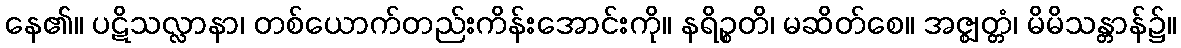
နေ၏။ ပဋိသလ္လာနာ၊ တစ်ယောက်တည်းကိန်းအောင်းကို။ နရိဉ္စတိ၊ မဆိတ်စေ။ အဇ္ဈတ္တံ၊ မိမိသန္တာန်၌။